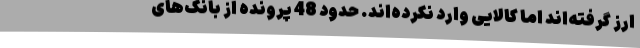
ارز گرفته‌اند اما کالایی وارد نکرده‌اند. حدود 48 پرونده از بانک‌های